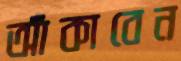
আঁকাবেন